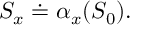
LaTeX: { \cal S } _ { x } \doteq \alpha _ { x } ( { \cal S } _ { 0 } ) .